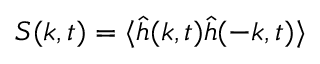
S ( k , t ) = \langle \hat { h } ( k , t ) \hat { h } ( - k , t ) \rangle